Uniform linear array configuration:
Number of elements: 4
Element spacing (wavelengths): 0.75
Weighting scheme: binomial
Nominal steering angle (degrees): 30
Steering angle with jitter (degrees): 30.345
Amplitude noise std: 0.05
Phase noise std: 0.05

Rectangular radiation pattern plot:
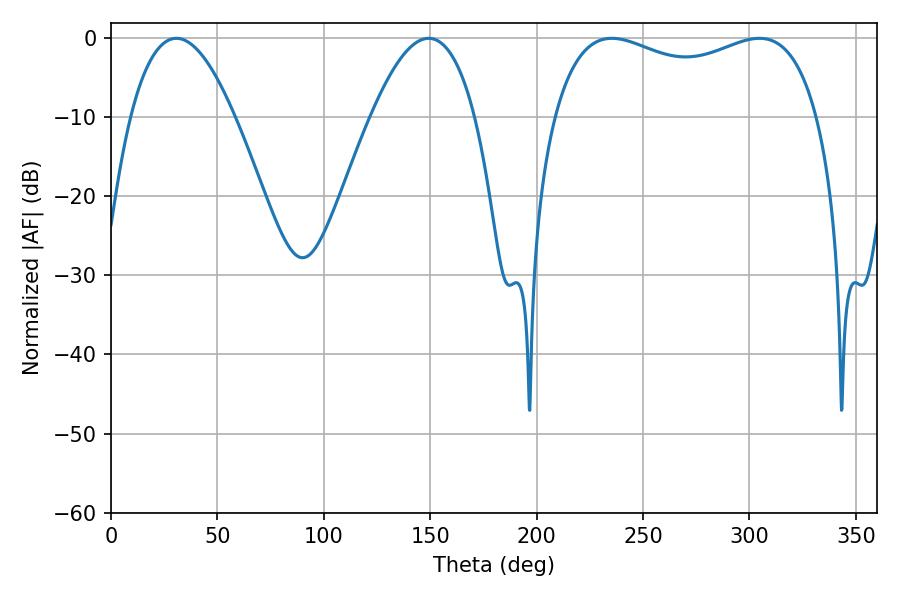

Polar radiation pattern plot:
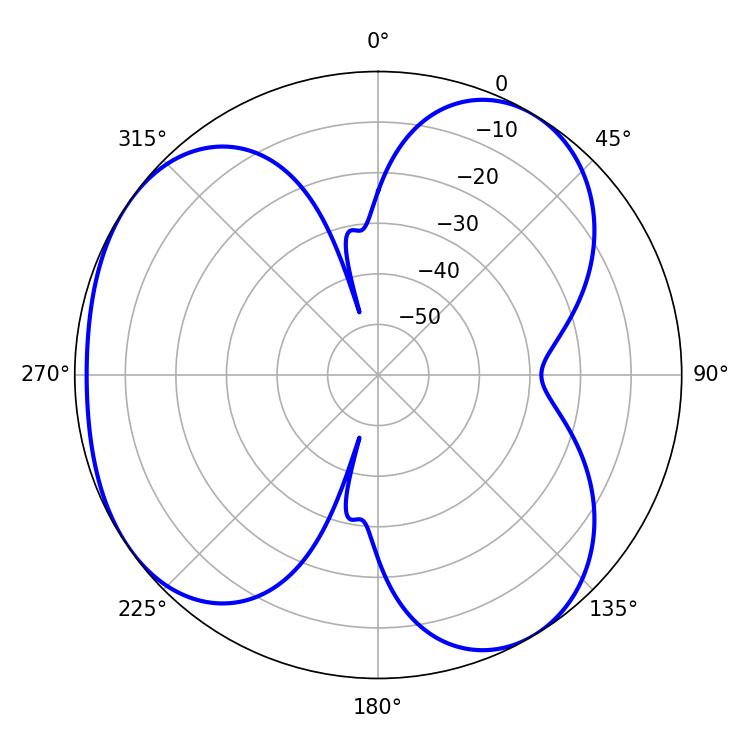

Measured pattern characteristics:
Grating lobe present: TRUE
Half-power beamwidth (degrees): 102.6
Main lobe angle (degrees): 235.26